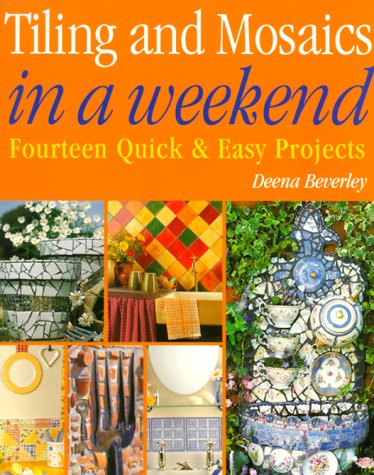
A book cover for Tiling and Mosaics in a Weekend (In A Weekend Series); Deena Beverly; Arts & Photography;